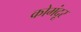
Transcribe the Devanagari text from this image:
कोमंदूर